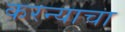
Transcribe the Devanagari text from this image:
करन्याचा